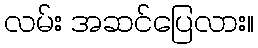
လမ်း အဆင်ပြေလား။